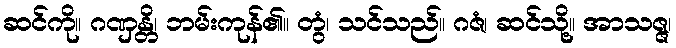
ဆင်ကို။ ဂဏှန္တိ၊ ဘမ်းကုန်၏။ တွံ၊ သင်သည်။ ဂဇံ၊ ဆင်သို့။ အာသဇ္ဇ၊